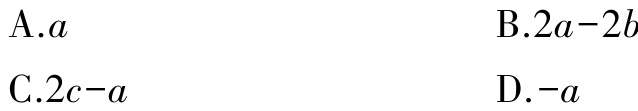
A.$a$
B.$2a - 2b$
C.$2c - a$
D.$-a$